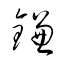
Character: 鎌